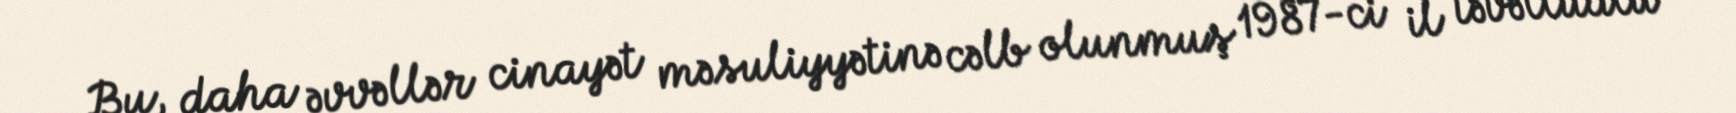
Bu, daha əvvəllər cinayət məsuliyyətinə cəlb olunmuş 1987-ci il təvəllüdlü